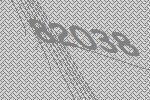
82038